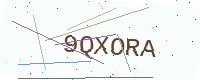
Text: 9QXORA